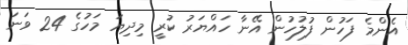
އެންމެ ފަހުން ފުލުހުން އޭނާ ހައްޔަރު ކުރީ މިދިޔަ މަހުގެ 24 ވަނަ